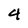
Character: 4